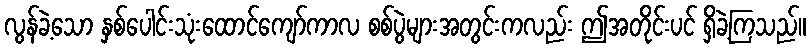
လွန်ခဲ့သော နှစ်ပေါင်းသုံးထောင်ကျော်ကာလ စစ်ပွဲများအတွင်းကလည်း ဤအတိုင်းပင် ရှိခဲ့ကြသည်။